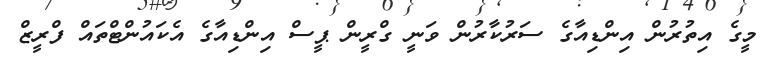
މީގެ އިތުރުން އިންޑިއާގެ ސަރުކާރުން ވަނީ ގްރީން ޕީސް އިންޑިއާގެ އެކައުންޓްތައް ފްރީޒް